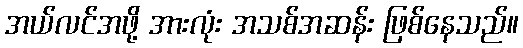
အယ်လင်အဖို့ အားလုံး အသစ်အဆန်း ဖြစ်နေသည်။